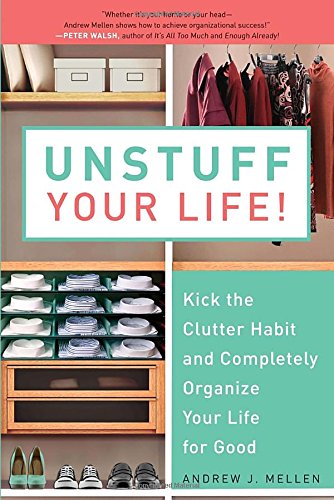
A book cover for Unstuff Your Life!: Kick the Clutter Habit and Completely Organize Your Life for Good; Andrew J. Mellen; Self-Help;